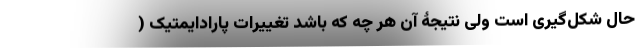
حال شکل‌گیری است ولی نتیجۀ آن هر چه که باشد تغییرات پارادایمتیک (